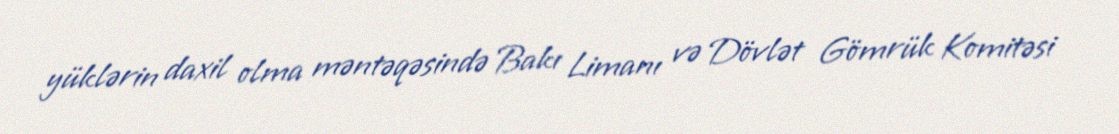
yüklərin daxil olma məntəqəsində Bakı Limanı və Dövlət Gömrük Komitəsi